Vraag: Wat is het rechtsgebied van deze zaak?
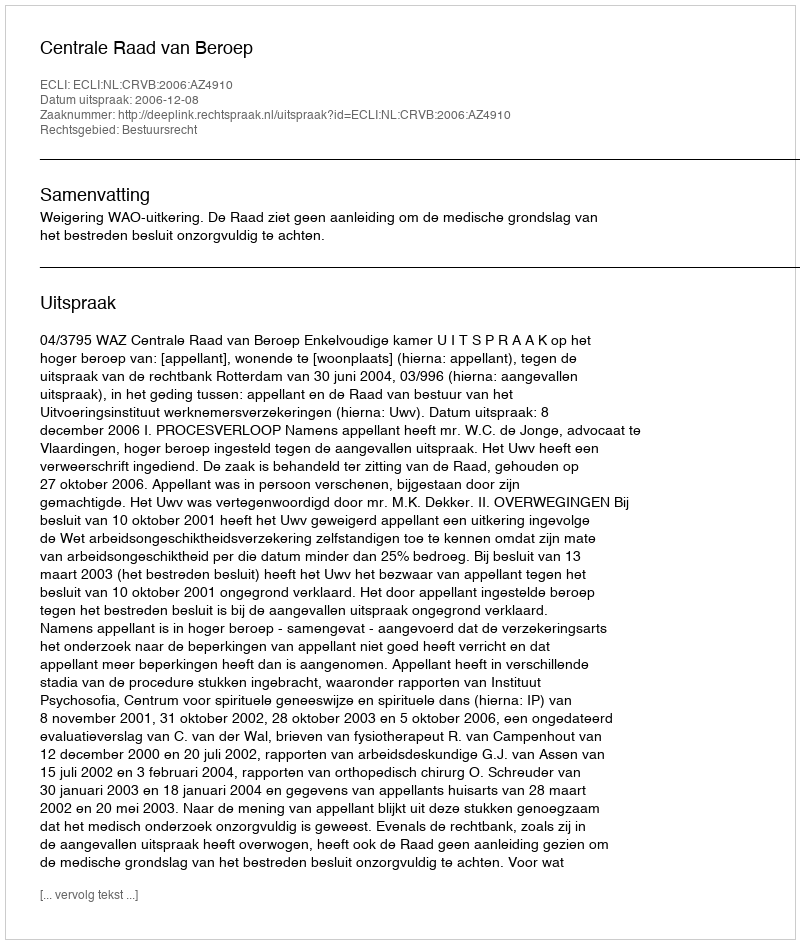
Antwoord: Bestuursrecht